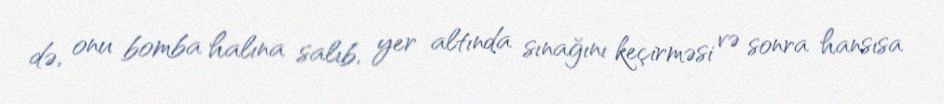
də, onu bomba halına salıb, yer altında sınağını keçirməsi və sonra hansısa